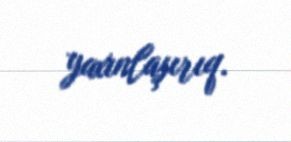
yaxınlaşırıq.